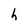
Character: h